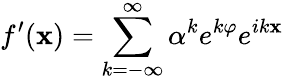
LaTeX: f^{\prime}(\mathbf{x})=\sum_{k=-\infty}^{\infty}\alpha^{k}e^{k\varphi}e^{ik\mathbf{x}}